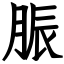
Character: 脤